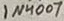
Text: 1N4007